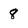
Character: 8